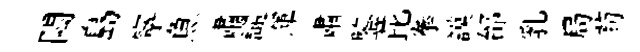
悶島寜魚肅譴渾肅鍳芘拳謨邰乳局茍